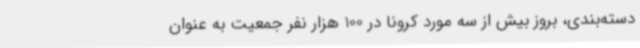
دسته‌بندی، بروز بیش از سه مورد کرونا در 100 هزار نفر جمعیت به عنوان